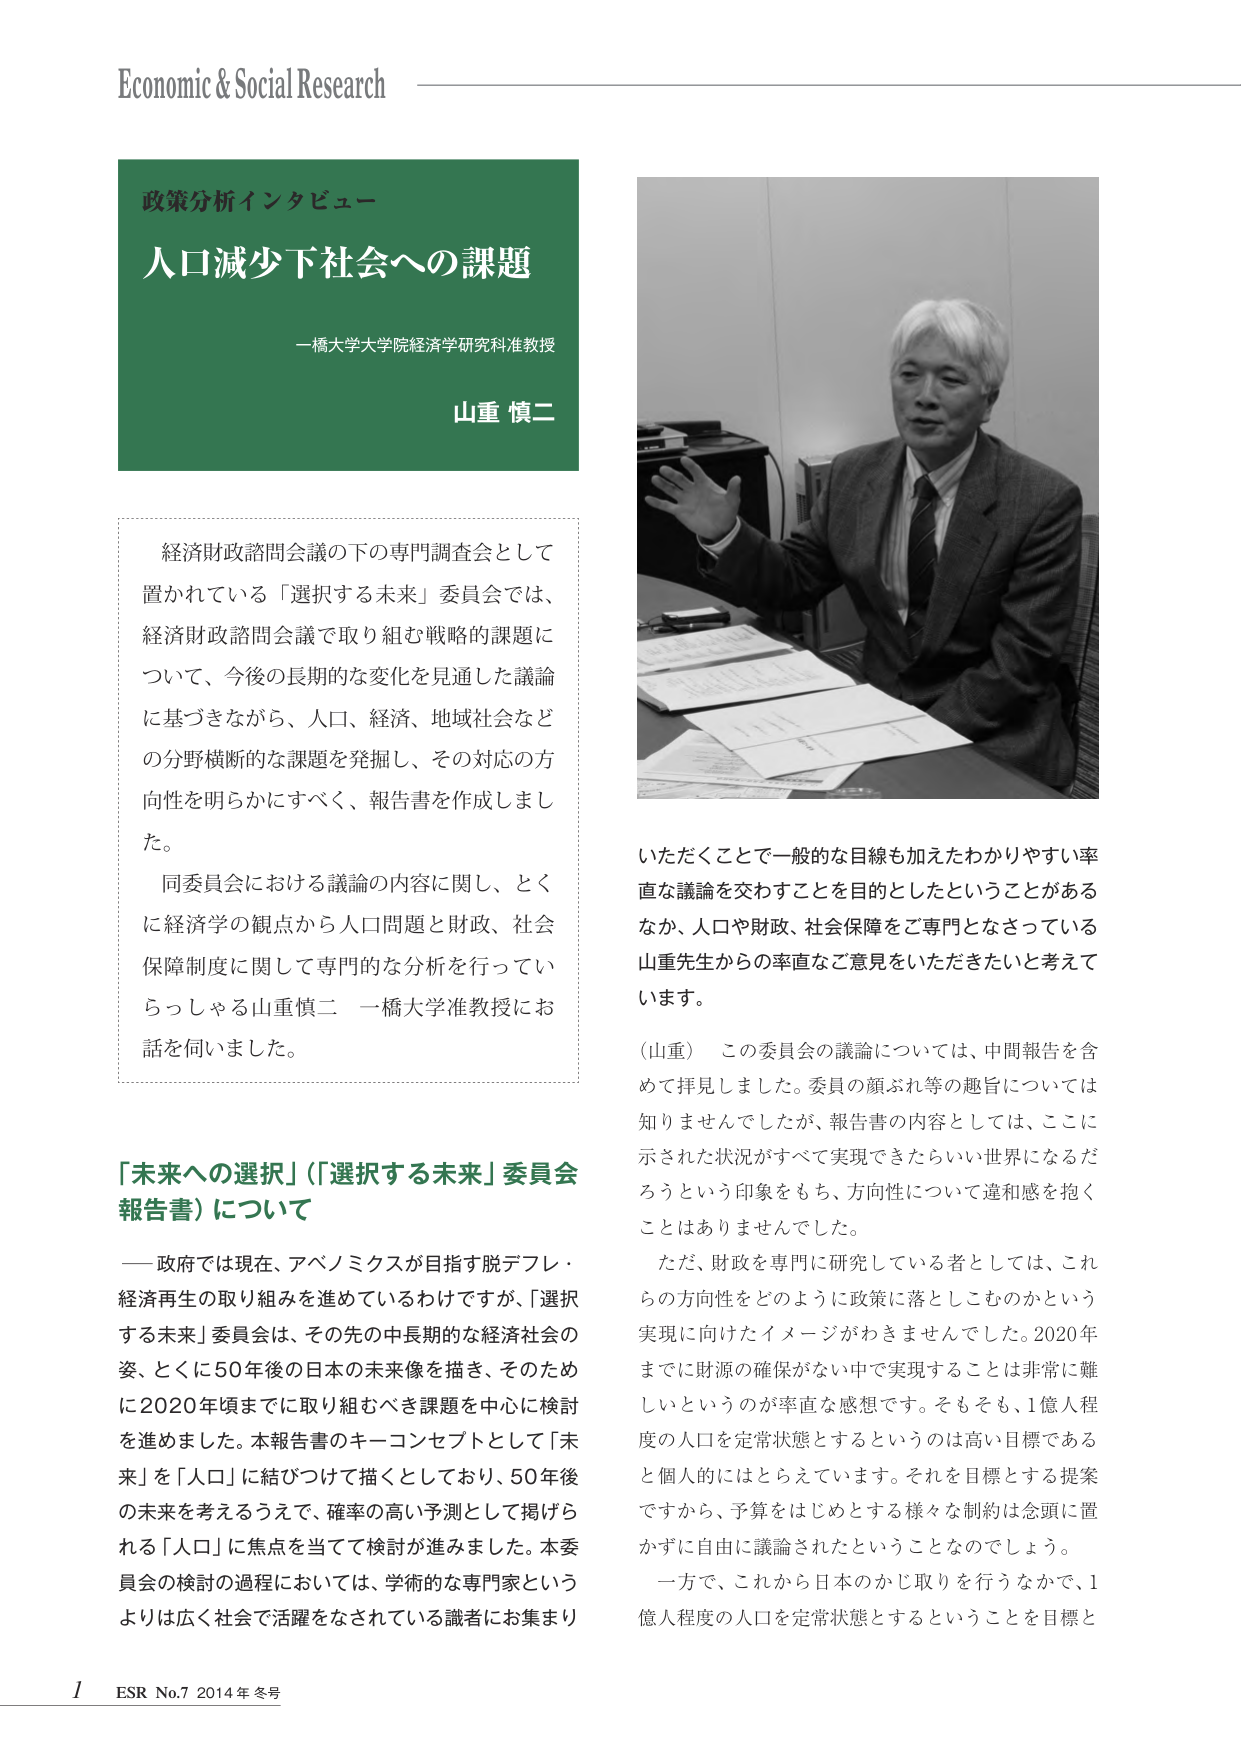
Economic & Social Research

政策分析インタビュー
人口減少下社会への課題
一橋大学大学院経済学研究科准教授
山重 慎二

経済財政諮問会議の下の専門調査会として
置かれている「選択する未来」委員会では、
経済財政諮問会議で取り組む戦略的課題に
ついて、今後の長期的な変化を見通した議論
に基づきながら、人口、経済、地域社会など
の分野横断的な課題を発掘し、その対応の方
向性を明らかにすべく、報告書を作成しまし
た。
同委員会における議論の内容に関し、とく
に経済学の観点から人口問題と財政、社会
保障制度に関して専門的な分析を行ってい
らっしゃる山重慎二 一橋大学准教授にお
話を伺いました。

「未来への選択」（「選択する未来」委員会
報告書）について
――政府では現在、アベノミクスが目指す脱デフレ・
経済再生の取り組みを進めているわけですが、「選択
する未来」委員会は、その先の中長期的な経済社会の
姿、とくに50年後の日本の未来像を描き、そのため
に2020年頃までに取り組むべき課題を中心に検討
を進めました。本報告書のキーコンセプトとして「未
来」を「人口」に結びつけて描くとしており、50年後
の未来を考えるうえで、確率の高い予測として掲げら
れる「人口」に焦点を当てて検討が進みました。本委
員会の検討の過程においては、学術的な専門家という
よりは広く社会で活躍をなされている識者にお集まり

いただくことで一般的な目線も加えたわかりやすい率
直な議論を交わすことを目的としたということがある
なか、人口や財政、社会保障をご専門となさっている
山重先生からの率直なご意見をいただきたいと考えて
います。
（山重） この委員会の議論については、中間報告を含
めて拝見しました。委員の顔ぶれ等の趣旨については
知りませんでしたが、報告書の内容としては、ここに
示された状況がすべて実現できたらいい世界になるだ
ろうという印象をもち、方向性について違和感を抱く
ことはありませんでした。
ただ、財政を専門に研究している者としては、これ
らの方向性をどのように政策に落としこむのかという
実現に向けたイメージがわきませんでした。2020年
までに財源の確保がない中で実現することは非常に難
しいというのが率直な感想です。そもそも、1億人程
度の人口を定常状態とするというのは高い目標である
と個人的にはとらえています。それを目標とする提案
ですから、予算をはじめとする様々な制約は念頭に置
かずに自由に議論されたということなのでしょう。
一方で、これから日本のかじ取りを行うなかで、1
億人程度の人口を定常状態とするということを目標と

1 ESR No.7 2014年冬号